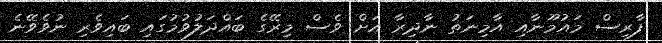
ފާރިސް މައުމޫނާއި އާމިނަތު ނާދިރާ އަށް ވެސް މިރޭގެ ބައްދަލުވުމުގައި ބައިވެރި ނުވެވޭނެ